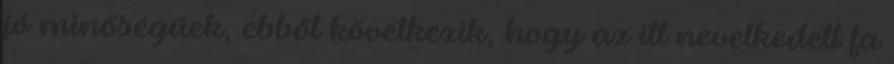
jó minőségűek, ebből következik, hogy az itt nevelkedett fa